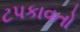
ટપકાવતો